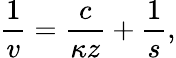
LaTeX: \frac{1}{v}=\frac{c}{\kappa z}+\frac{1}{s},